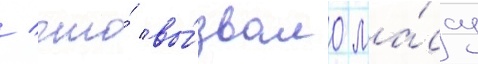
/ что́ вы́звало ма́ссу